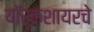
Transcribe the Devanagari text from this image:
यॉर्कशायरचे